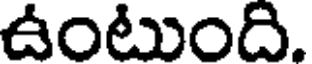
ఉంటుంది.